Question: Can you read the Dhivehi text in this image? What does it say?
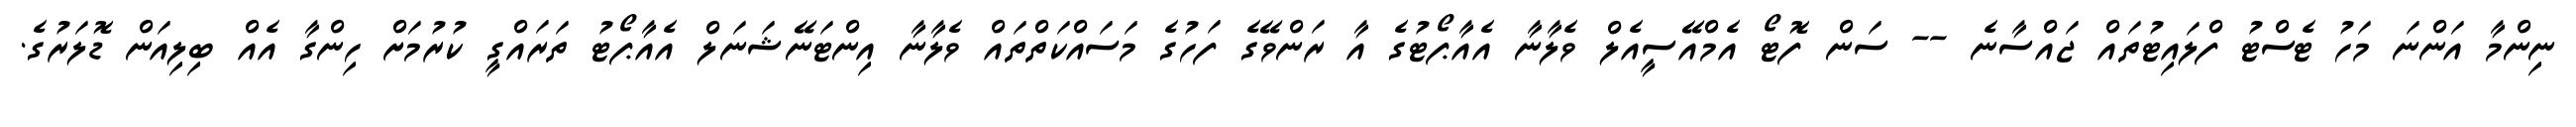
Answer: ނިންމާ އަންނަ މަހު ޓެސްޓު ފްލައިޓުތައް ޖައްސާނެ -- ސަން ފޮޓޯ އެމްއޭސީއެލް ވެލާނާ އެއާޕޯޓުގެ އާ ރަންވޭގެ ފަހުގެ މަސައްކަތްތައް ވެލާނާ އިންޓަނޭޝަނަލް އެއާޕޯޓު ތަރައްގީ ކުރުމަށް ހިންގާ އެއް ބިލިއަން ޑޮލަރުގެ.